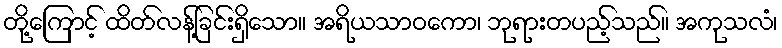
တို့ကြောင့် ထိတ်လန့်ခြင်းရှိသော။ အရိယသာဝကော၊ ဘုရားတပည့်သည်။ အကုသလံ၊